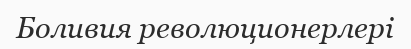
Боливия революционерлері